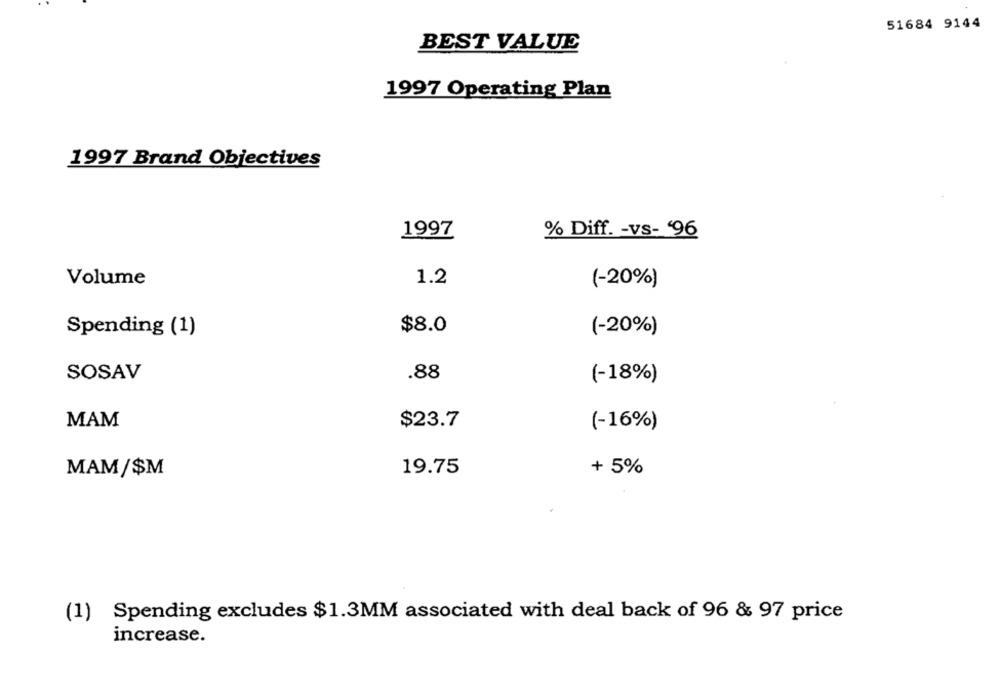
51684 9144
BEST VALUE
1997 Operating Plan
1997 Brand Objectives
1997
% Diff. - vs- '96
Volume
1.2
(-20%)
Spending (1)
$8.0
(-20%)
.88
SOSAV
(-18%)
MAM
$23.7
(-16%)
19.75
+ 5%
MAM/$M
(1) Spending excludes $1.3MM associated with deal back of 96 & 97 price
increase.